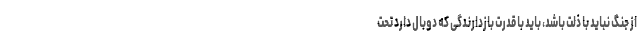
از جنگ نباید با ذلت باشد، باید با قدرت بازدارندگی که دوبال دارد تحت